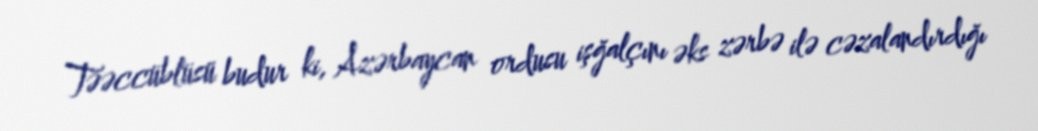
Təəccüblüsü budur ki, Azərbaycan ordusu işğalçını əks zərbə ilə cəzalandırdığı